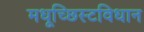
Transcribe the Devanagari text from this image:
मधूच्छिस्टविधान